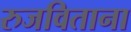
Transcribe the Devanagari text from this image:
रुजविताना